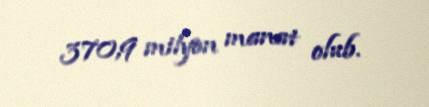
370,9 milyon manat olub.